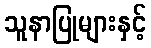
သူနာပြုများနှင့်